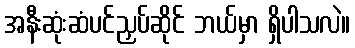
အနီးဆုံးဆံပင်ညှပ်ဆိုင် ဘယ်မှာ ရှိပါသလဲ။